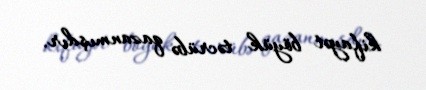
kifayət böyük təcrübə qazanmışdır.